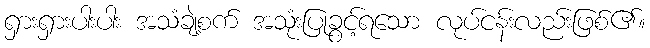
ရှားရှားပါးပါး အသံချဲ့စက် အသုံးပြုခွင့်ရသော လုပ်ငန်းလည်းဖြစ်၏။